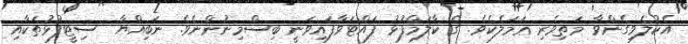
އެކުލެވިގެންވާ މަތިވެރި ޢަމަލެކެވެ. ގެ ކާލަމްފުޅު ފައްޓަވާފައިވަނީ ބިސްމިނުންނެވެ. ނަބިއްޔާ  ސިޓީފުޅުތަކާއި